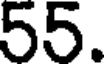
55.